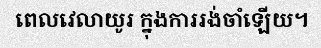
ពេលវេលាយូរ ក្នុងការរង់ចាំឡើយ។